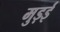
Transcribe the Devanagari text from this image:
मुड़ई